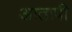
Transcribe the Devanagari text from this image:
आतापी